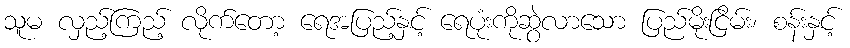
သူမ လှည့်ကြည့် လိုက်တော့ ရေအပြည့်နှင့် ရေပုံးကိုဆွဲလာသော ပြည်မိုးငြိမ်း၊ စန်းနှင့်